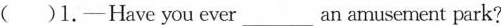
( )1.-Have you ever ___ an amusement park?